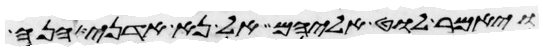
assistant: ויאמר לוט אליהם אל נא אדני הנה